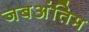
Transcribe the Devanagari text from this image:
जबअंतिम